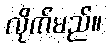
လိုက်မည်။